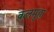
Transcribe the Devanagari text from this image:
कलमुहा